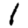
Digit: 1